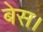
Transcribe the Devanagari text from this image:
बेस।